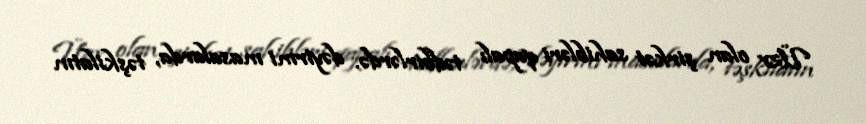
Üzv olan şirkət sahibləri qapalı tədbirlərdə, dəyirmi masalarda, təşkilatın